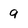
Character: 9